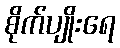
စိုက်ပျိုးရေ